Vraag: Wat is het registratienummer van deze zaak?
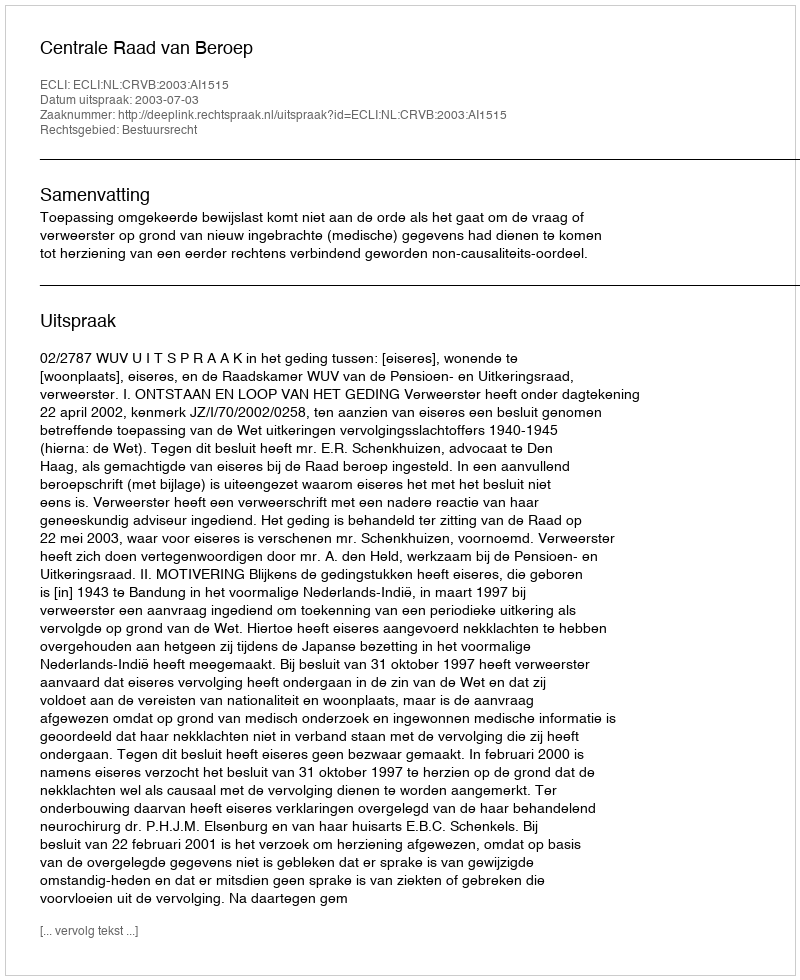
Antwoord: http://deeplink.rechtspraak.nl/uitspraak?id=ECLI:NL:CRVB:2003:AI1515